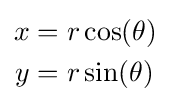
{\begin{aligned}x&=r\cos(\theta )\\y&=r\sin(\theta )\end{aligned}}